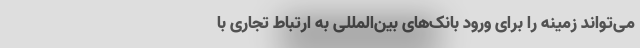
می‌تواند زمینه را برای ورود بانک‌های بین‌المللی به ارتباط تجاری با